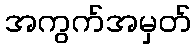
အကွက်အမှတ်